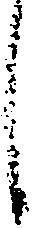
し